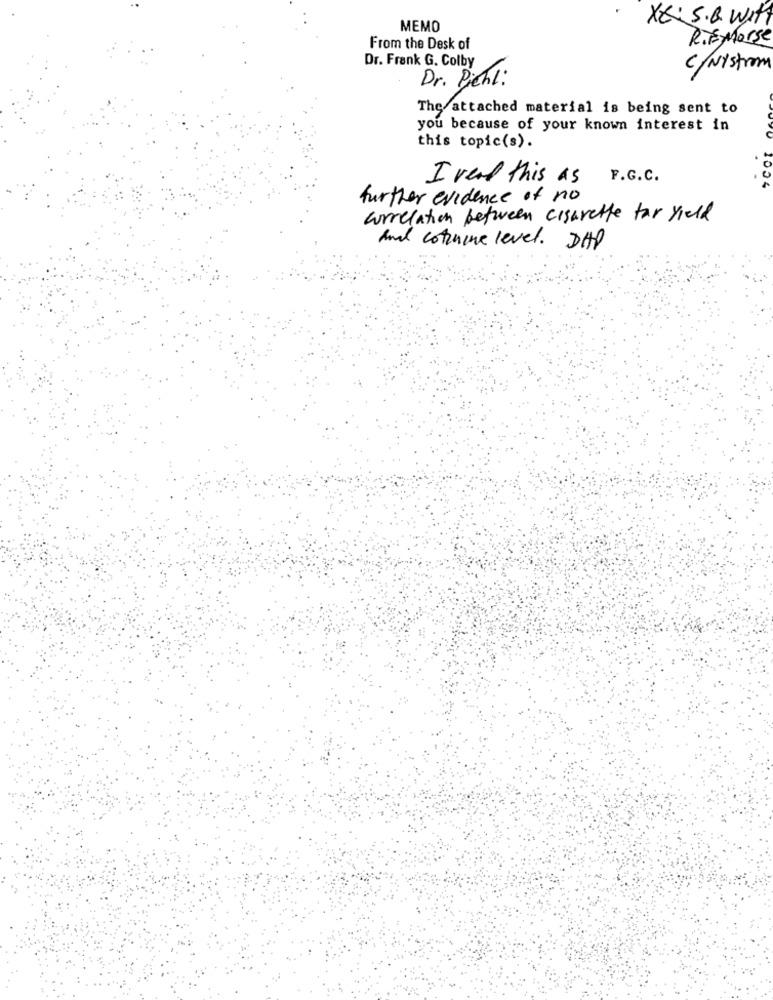
XL: S.B. WITT
MEMO
RifMorse
From the Desk of
Dr. Frank G. Colby
c/ NYstrom
Dr. Pichl:
The attached material is being sent to
you because of your known interest in
this topic(s).
I read this as F.G.C.
further evidence of no
correlation between cigarette far yield
And cotuone level. DHP